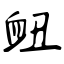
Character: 衄